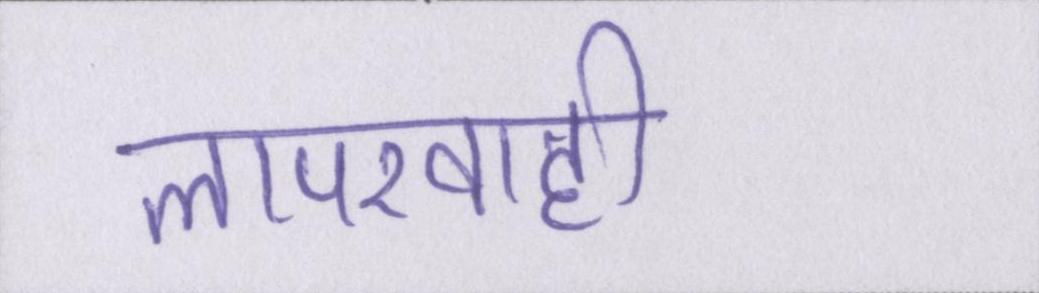
लापरवाही